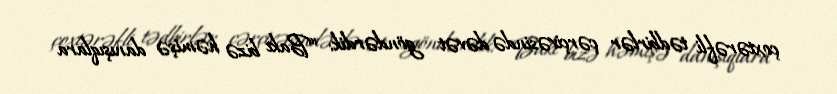
çoxtərəfli tədbirlər çərçivəsində dəvət göndərdik: “Bakı bizə həmişə danışıqlara